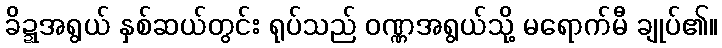
ခိဍ္ဍအရွယ် နှစ်ဆယ်တွင်း ရုပ်သည် ဝဏ္ဏအရွယ်သို့ မရောက်မီ ချုပ်၏။